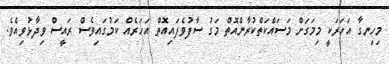
މިހިނގާ އަހަރަކީ މިމަގަށް މަސައްކަތްކުރާންއޮތް މަގު ސާފުވެފައިއޮތް އަހަރެއް ކަމުގައިވެސް ރައީސް ވިދާޅުވިއެވެ.